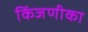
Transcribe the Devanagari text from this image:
किंजणीका